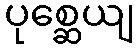
ပုစ္ဆေယျ